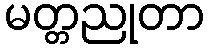
မတ္တညုတာ